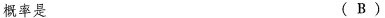
概率是 (B)